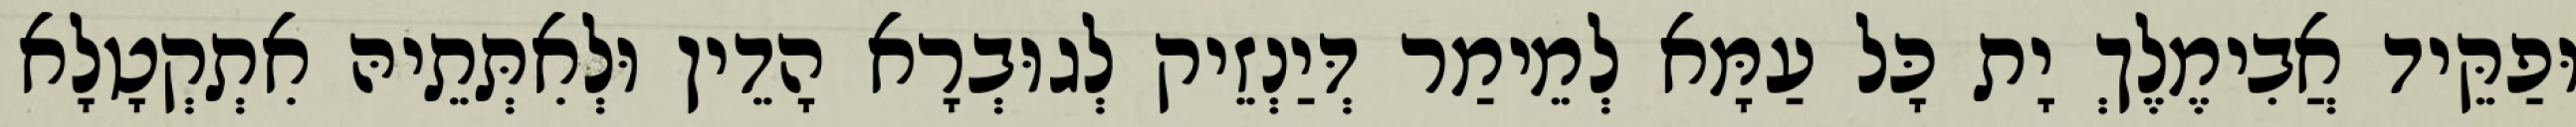
וּפַקֵּיד אֲבִימֶלֶךְ יָת כָּל עַמָּא לְמֵימַר דְּיַנְזֵיק לְגוּבְרָא הָדֵין וּלְאִתְּתֵיהּ אִתְקְטָלָא